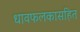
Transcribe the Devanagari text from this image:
धावफलकासहित